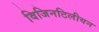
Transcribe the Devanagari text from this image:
विजिनटिलीयन